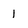
Character: 1